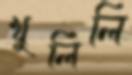
খুলিলি